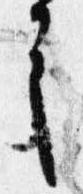
之